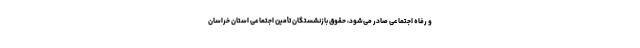
و رفاه اجتماعی صادر می‌شود، حقوق بازنشستگان تأمین اجتماعی استان خراسان